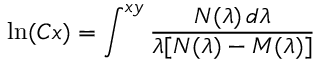
\ln ( C x ) = \int ^ { x y } { \frac { N ( \lambda ) \, d \lambda } { \lambda [ N ( \lambda ) - M ( \lambda ) ] } } \,